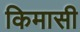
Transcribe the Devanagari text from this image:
किमासी